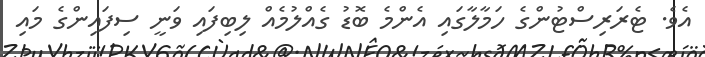
އެވެ. ޓެރަރިސްޓުންގެ ހަމާލާގައި އެންމެ ބޮޑު ގެއްލުމެއް ލިބިފައި ވަނީ ސިފައިންގެ މައި